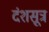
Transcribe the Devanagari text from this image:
दंशसूत्र